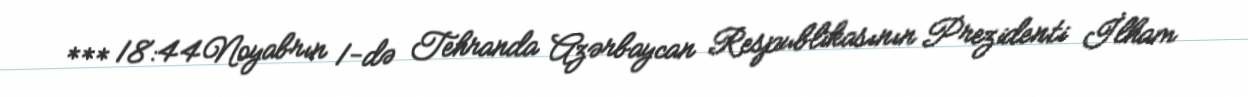
*** 18:44Noyabrın 1-də Tehranda Azərbaycan Respublikasının Prezidenti İlham